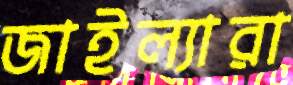
জাইল্যারা